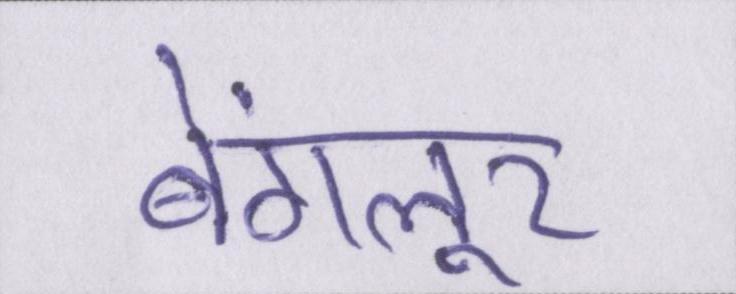
बेंगलूर